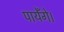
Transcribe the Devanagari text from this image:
पायेँगे।